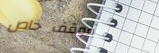
موقف خاص